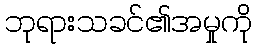
ဘုရားသခင်၏အမှုကို